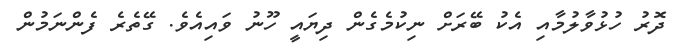
ދޮރު ހުޅުވާލުމާއި އެކު ބޭރަށް ނިކުމެގެން ދިޔައީ ހޫނު ވައިއެވެ. ގޭތެރެ ފެންނަމުން